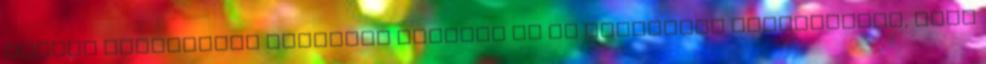
magyar diplomácia vezetője szerint az is sikerként értékelhető, hogy